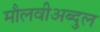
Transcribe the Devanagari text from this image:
मौलवीअब्दुल